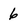
Character: 6